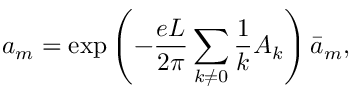
a _ { m } = \mathrm { e x p } \left( - \frac { e L } { 2 \pi } \sum _ { k \neq 0 } \frac { 1 } { k } A _ { k } \right) { \bar { a } } _ { m } ,